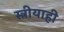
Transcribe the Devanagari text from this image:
स्त्रीयाही